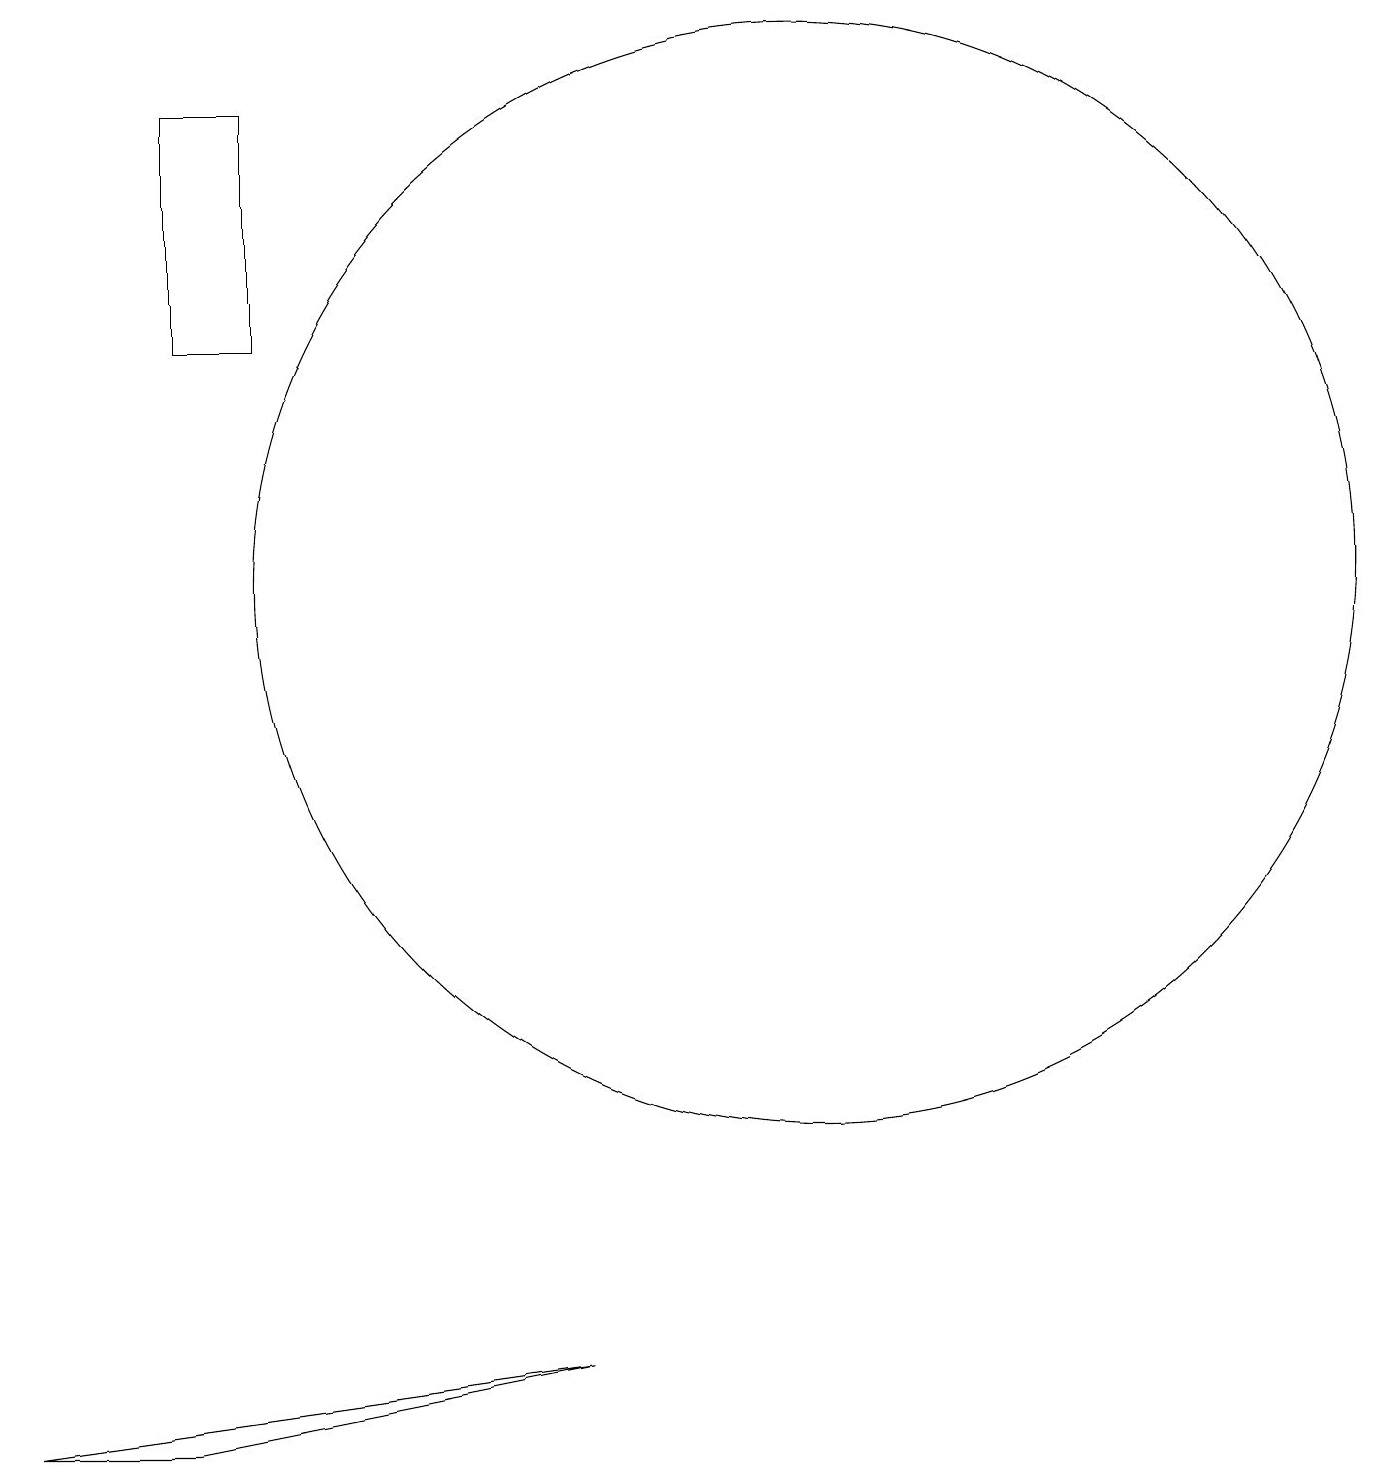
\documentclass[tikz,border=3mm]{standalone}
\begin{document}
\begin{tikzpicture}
\draw (7,1) -- (0,0) -- (2,0) -- cycle;
\draw (2,17) rectangle (3,14);
\draw (10,11) circle (7);
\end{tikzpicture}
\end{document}